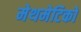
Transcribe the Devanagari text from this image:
मेथमेटिको